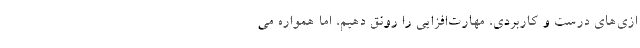
ازی‌های درست و کاربردی،‌ مهارت‌افزایی را رونق دهیم، اما همواره می